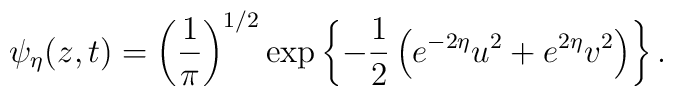
\psi_{\eta }(z,t) = \left({1 \over \pi }\right)^{1/2}\exp \left\{-{1\over 2}\left(e^{-2\eta }u^{2} + e^{2\eta }v^{2}\right)\right\} .